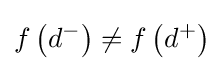
f\left(d^{-}\right)\neq f\left(d^{+}\right)